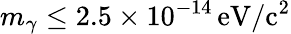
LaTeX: m_{\gamma}\leq 2.5\times 10^{-14}\, \mathrm{eV/c^{2}}